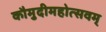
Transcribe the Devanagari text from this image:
कौमुदीमहोत्सवम्